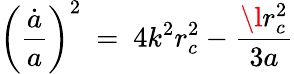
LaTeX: \left({\frac{\dot{a}}{a}}\right)^{2}\ =\ 4k^{2}r_{c}^{2}-{\frac{\l r_{c}^{2}}{3a}}